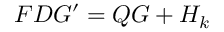
F D G ^ { \prime } = Q G + H _ { k }